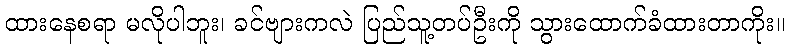
ထားနေစရာ မလိုပါဘူး၊ ခင်ဗျားကလဲ ပြည်သူ့တပ်ဦးကို သွားထောက်ခံထားတာကိုး။